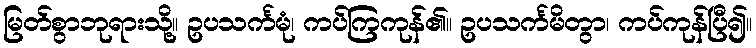
မြတ်စွာဘုရားသို့။ ဥပသင်္ကမုံ၊ ကပ်ကြကုန်၏။ ဥပသင်္ကမိတွာ၊ ကပ်ကုန်ပြီ၍။